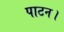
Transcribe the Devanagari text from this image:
पाटन।